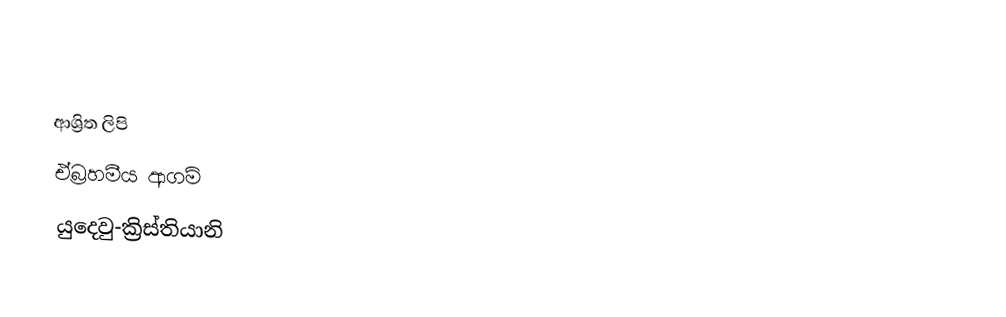

ආශ්‍රිත ලිපි
 ඒබ්‍රහමීය ආගම්
යුදෙවු-ක්‍රිස්තියානි